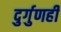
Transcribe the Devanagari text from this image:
दुर्गुणही